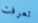
تعرفت